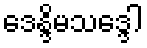
ဒေန္ဒိမသဒ္ဒေါ